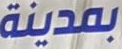
بمدينة